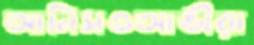
আনিসওআভীরা